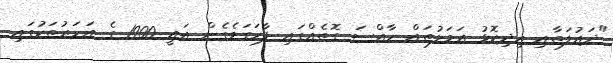
"ދައުލަތާއި އިދިކޮޅު އަމަލުތައް ހާއްސަ ގޮތެއްގައި ފާހަގަވެގެން އައީ 1900 ގެ އަހަރުތަކުގައި